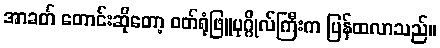
အာခတ် တောင်းဆိုတော့ ဝတ်ရုံဖြူပုဂ္ဂိုလ်ကြီးက ပြန်ထလာသည်။